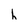
Character: h